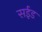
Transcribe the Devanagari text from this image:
सईड